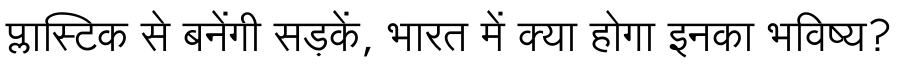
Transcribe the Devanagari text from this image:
प्लास्टिक से बनेंगी सड़कें, भारत में क्या होगा इनका भविष्य?